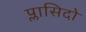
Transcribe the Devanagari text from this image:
प्लासिदो